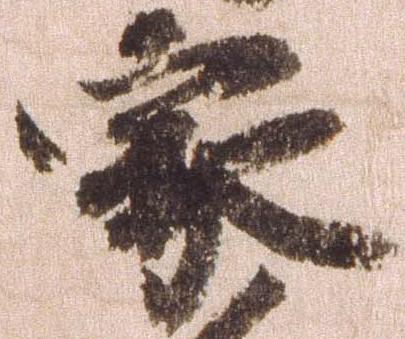
家